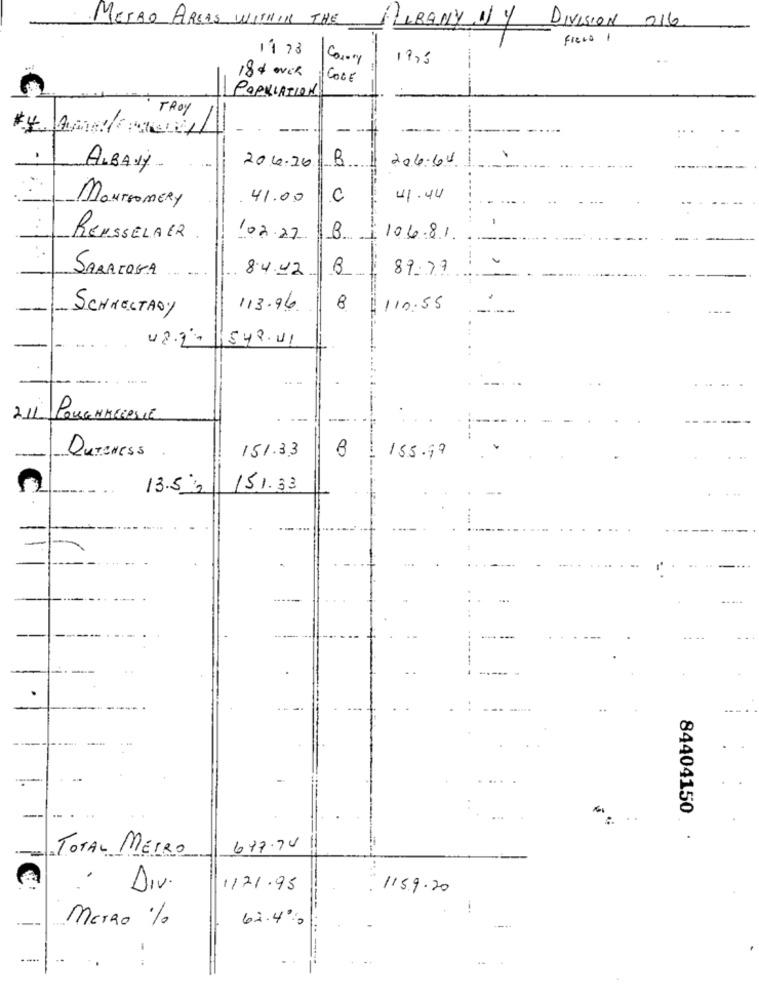
METRO AREAS WITHIN THE
TUBANY 1 Y DIVISION 216
Fiera 1
11 73
Con-ry
19,5
18 % auch
COGE
---
POPULATION
TROY
B
206-64
ALBANY
204.20
41.00
C
41.44
MONTGOMERY
RENSSELAER
102.27
B
106.81.
SARATOGA
8.4.42
B
89.77
SCHRELTADY
113.96
8
110:55
42.2.
542.41
-
0
211
151.33
DuTeNESS
155.99
13.52
151.33
84404150
TOTAL MEIRO
677.74
Div.
1/21.95
115.9.20
METRO %
62.4%,